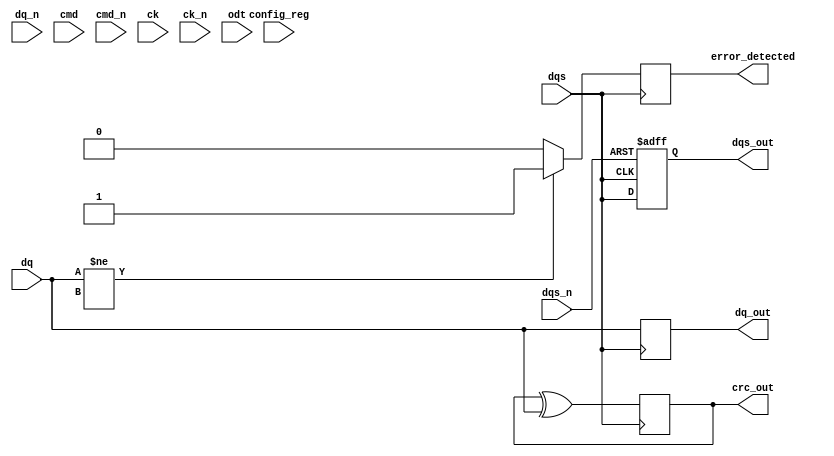
module lpddr4_io_block (
    input wire [DQ_WIDTH-1:0] dq,            // Data lines
    input wire [DQ_WIDTH-1:0] dq_n,          // Inverted data lines
    input wire cmd,                           // Command line
    input wire cmd_n,                         // Inverted command line
    input wire ck,                            // Clock line
    input wire ck_n,                          // Inverted clock line
    input wire dqs,                           // Data strobe line
    input wire dqs_n,                         // Inverted data strobe line
    input wire odt,                           // On-die termination control
    input wire [CONFIG_WIDTH-1:0] config_reg, // Configuration registers
    output wire [DQ_WIDTH-1:0] dq_out,       // Output data lines
    output wire dqs_out,                      // Output data strobe
    output wire error_detected,               // Error detection signal
    output wire [7:0] crc_out                  // CRC output
);

// Parameters
parameter DQ_WIDTH = 8;                     // Number of data lines
parameter CONFIG_WIDTH = 4;                  // Number of configuration bits

// Internal signals
wire [DQ_WIDTH-1:0] dq_int;                 // Internal data bus
wire [DQ_WIDTH-1:0] dq_drive_strength;      // Drive strength control
wire [DQ_WIDTH-1:0] dqs_delay;              // DQS delay adjustment
reg [DQ_WIDTH-1:0] dq_reg;                   // Registered data output
reg [7:0] crc_reg;                           // CRC register

// Clock gating logic
reg ck_gate;
always @(posedge ck or negedge ck_n) begin
    if (!ck_n)
        ck_gate <= 1'b0;
    else
        ck_gate <= 1'b1;
end

// DQS delay adjustment (simplified)
always @(posedge dqs or negedge dqs_n) begin
    if (!dqs_n)
        dqs_out <= 1'b0;
    else
        dqs_out <= dqs; // Add delay logic here
end

// Drive strength control (simplified)
always @(config_reg) begin
    dq_drive_strength = (config_reg[1:0] == 2'b00) ? 1'b1 : // Low drive strength
                        (config_reg[1:0] == 2'b01) ? 2'b10 : // Medium drive strength
                        (config_reg[1:0] == 2'b10) ? 2'b11 : // High drive strength
                        2'b11; // Default
end

// Error detection and CRC calculation (simplified)
always @(posedge dqs) begin
    // Simple error detection logic
    if (dq != dq_int) begin
        error_detected <= 1'b1; // Error detected
    end else begin
        error_detected <= 1'b0; // No error
    end

    // CRC calculation (placeholder)
    crc_reg <= crc_reg ^ dq; // Simple XOR for CRC (for illustration)
end

// Data output register
always @(posedge dqs) begin
    dq_reg <= dq; // Capture data on DQS
end

assign dq_out = dq_reg; // Output data
assign crc_out = crc_reg; // Output CRC

endmodule